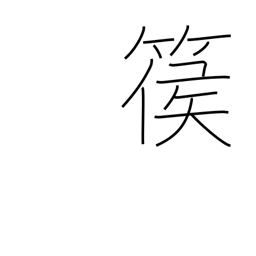
Meaning: type of harp